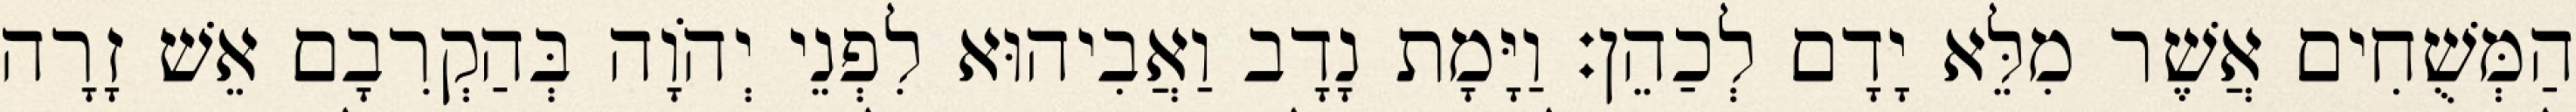
הַמְּשֻׁחִים אֲשֶׁר מִלֵּא יָדָם לְכַהֵן׃ וַיָּמָת נָדָב וַאֲבִיהוּא לִפְנֵי יְהֹוָה בְּהַקְרִבָם אֵשׁ זָרָה